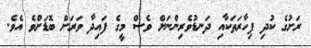
ރަށުގެ ކުދި ފިހާރަތަކާއި ދަނޑުވެރިންނަށް ވެސް މީގެ ފައިދާ ވަރަށް ބޮޑަށްވެ އެވެ.